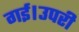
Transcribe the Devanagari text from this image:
गई।उपरी